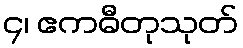
၄၊ ဧကဓီတုသုတ်